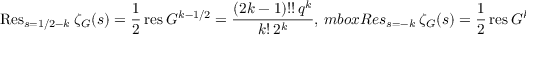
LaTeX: \mathrm { R e s } _ { s = 1 / 2 - k } \ \zeta _ { G } ( s ) = \frac 1 2 \, \mathrm { r e s } \ G ^ { k - 1 / 2 } = \frac { ( 2 k - 1 ) ! ! \, q ^ { k } } { k ! \, 2 ^ { k } } , \, m b o x { R e s } _ { s = - k } \ \zeta _ { G } ( s ) = \frac 1 2 \, \mathrm { r e s } \ G ^ { k } = 0 , \ k = 0 , 1 , 2 , \ldots ,